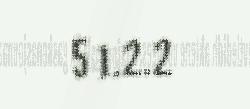
5 1.2.2